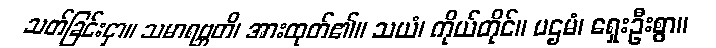
သတ်ခြင်းငှာ။ သမာရဗ္ဘတိ၊ အားထုတ်၏။ သယံ၊ ကိုယ်တိုင်။ ပဌမံ၊ ရှေးဦးစွာ။